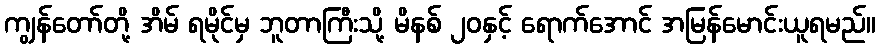
ကျွန်တော်တို့ အိမ် ရမိုင်မှ ဘူတာကြီးသို့ မိနစ် ၂၀နှင့် ရောက်အောင် အမြန်မောင်းယူရမည်။